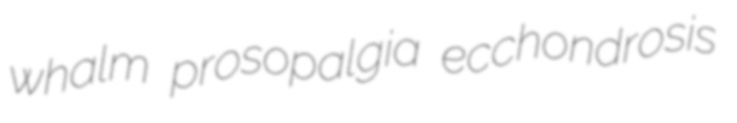
whalm prosopalgia ecchondrosis